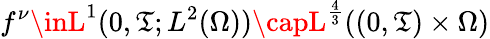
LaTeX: f^{\nu}\inL^{1}(0,\mathfrak{T};L^{2}(\Omega))\capL^{\frac{4}{3}}((0,\mathfrak{T})\times\Omega)